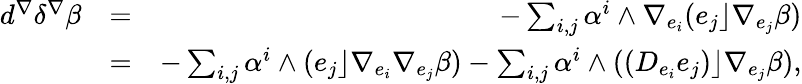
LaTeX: \begin{array}{rlr}{d^{\nabla}\delta^{\nabla}\beta}&{=}&{-\sum_{i,j}\alpha^{i}\wedge\nabla_{e_{i}}(e_{j}\rfloor\nabla_{e_{j}}\beta)}\\ &{=}&{-\sum_{i,j}\alpha^{i}\wedge(e_{j}\rfloor\nabla_{e_{i}}\nabla_{e_{j}}\beta)-\sum_{i,j}\alpha^{i}\wedge((D_{e_{i}}e_{j})\rfloor\nabla_{e_{j}}\beta),}\end{array}